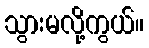
သွားမလို့ကွယ်။